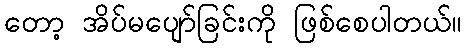
တော့ အိပ်မပျော်ခြင်းကို ဖြစ်စေပါတယ်။